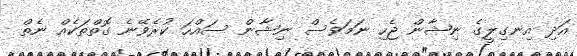
އަދި އިނގިލީގެ ނިޝާން ޖެހި ނަމަވެސް ނިޝާން ސައްހަ ކުރެވޭނެ ގޮތްތަކެއް ނެތް